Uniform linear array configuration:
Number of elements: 12
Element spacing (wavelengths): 1
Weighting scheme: binomial
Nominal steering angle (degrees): -30
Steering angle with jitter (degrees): -28.712
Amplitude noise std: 0.05
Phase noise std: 0.05

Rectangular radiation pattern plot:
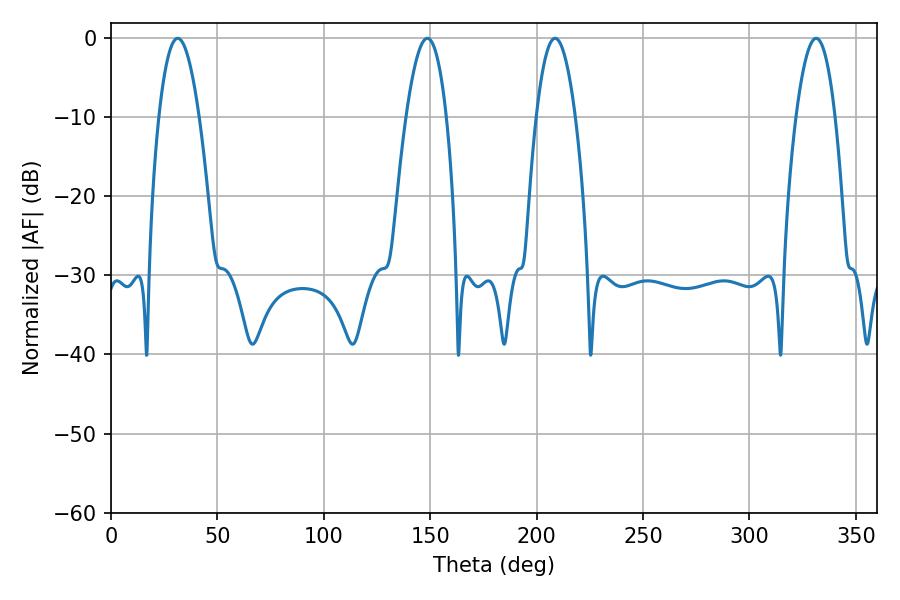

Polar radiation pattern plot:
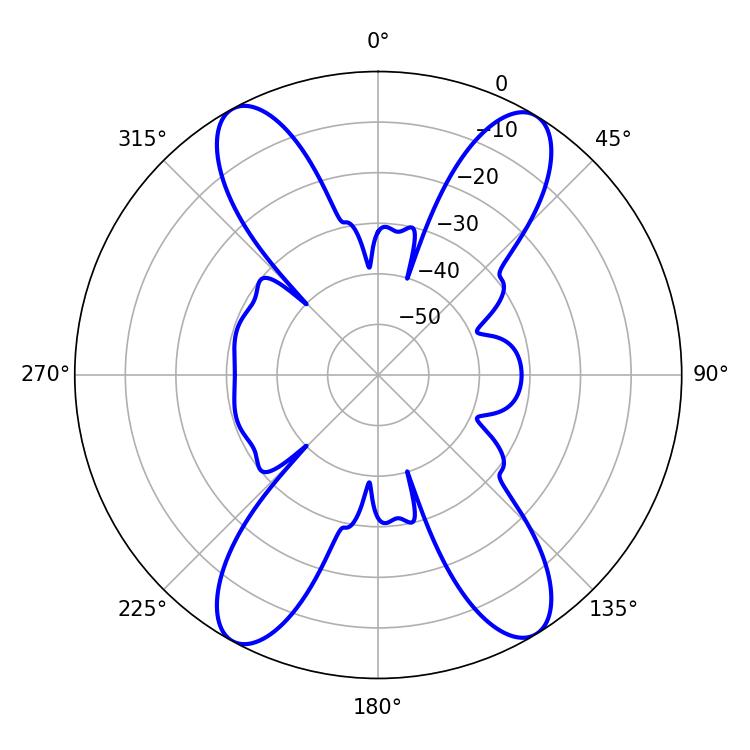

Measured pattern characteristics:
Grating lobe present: TRUE
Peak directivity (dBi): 19.59
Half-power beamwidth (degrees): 10.44
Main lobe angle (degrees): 31.32